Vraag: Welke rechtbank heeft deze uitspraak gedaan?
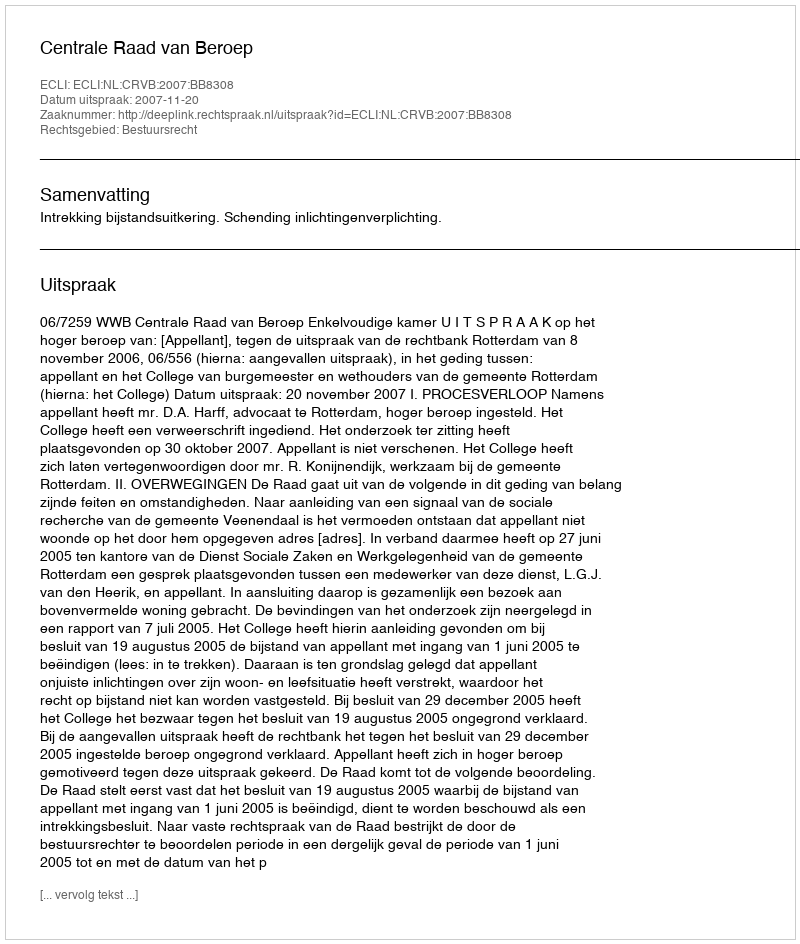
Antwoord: Centrale Raad van Beroep